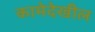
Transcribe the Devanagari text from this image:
कामेदेखील